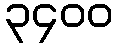
၃၄၀၀